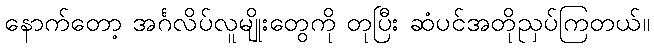
နောက်တော့ အင်္ဂလိပ်လူမျိုးတွေကို တုပြီး ဆံပင်အတိုညှပ်ကြတယ်။